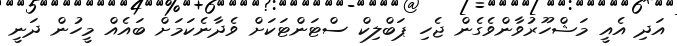
އަދި އެއީ މަޝްހޫރުވާންވެގެން ޖެހި ޕަބްލިކް ސްޓަންޓަކަށް ވެދާނެކަމަށް ބައެއް މީހުން ދަނީ